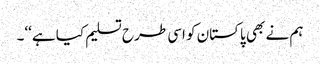
ہم نے بھی پاکستان کو اسی طرح تسلیم کیا ہے‘‘۔